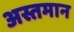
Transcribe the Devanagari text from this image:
अस्तमान